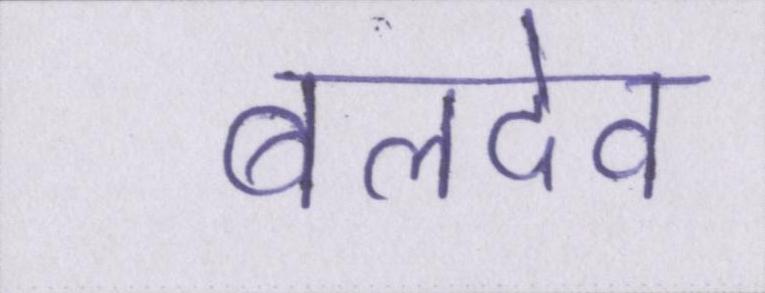
बलदेव